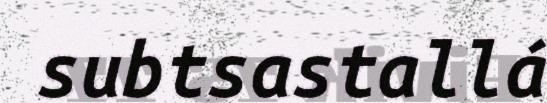
subtsastallá